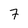
Character: 7